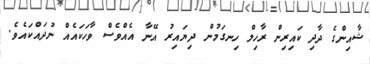
ޝާއިންގެ ދާދި ކައިރިން ރާހިލް ހިނގަމުން ދިޔައިރު އޭނާ އެއްވެސް ވާހަަކައެއް ނުދައްކައެވެ.